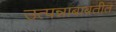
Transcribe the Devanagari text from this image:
उत्पन्नाबाबतीत